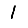
Digit: 1